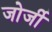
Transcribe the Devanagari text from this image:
जोर्जी